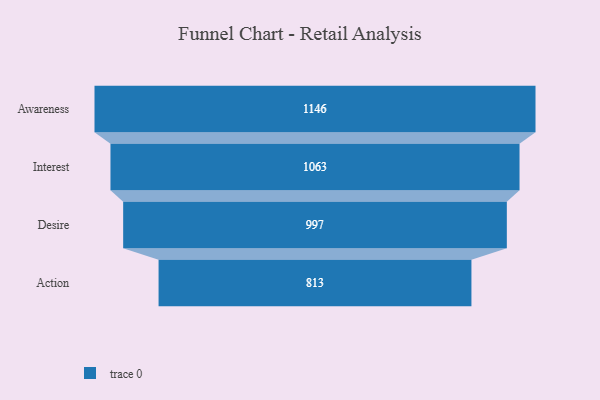
{"axis": {"x": "Stage", "y": "Value"}, "legend": [""], "data": [{"x": "Awareness", "y": 1146.0, "type": ""}, {"x": "Interest", "y": 1063.0, "type": ""}, {"x": "Desire", "y": 997.0, "type": ""}, {"x": "Action", "y": 813.0, "type": ""}]}